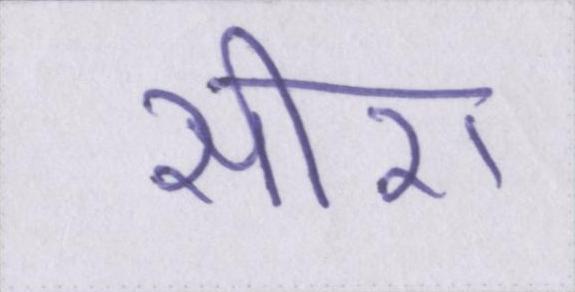
सीरा